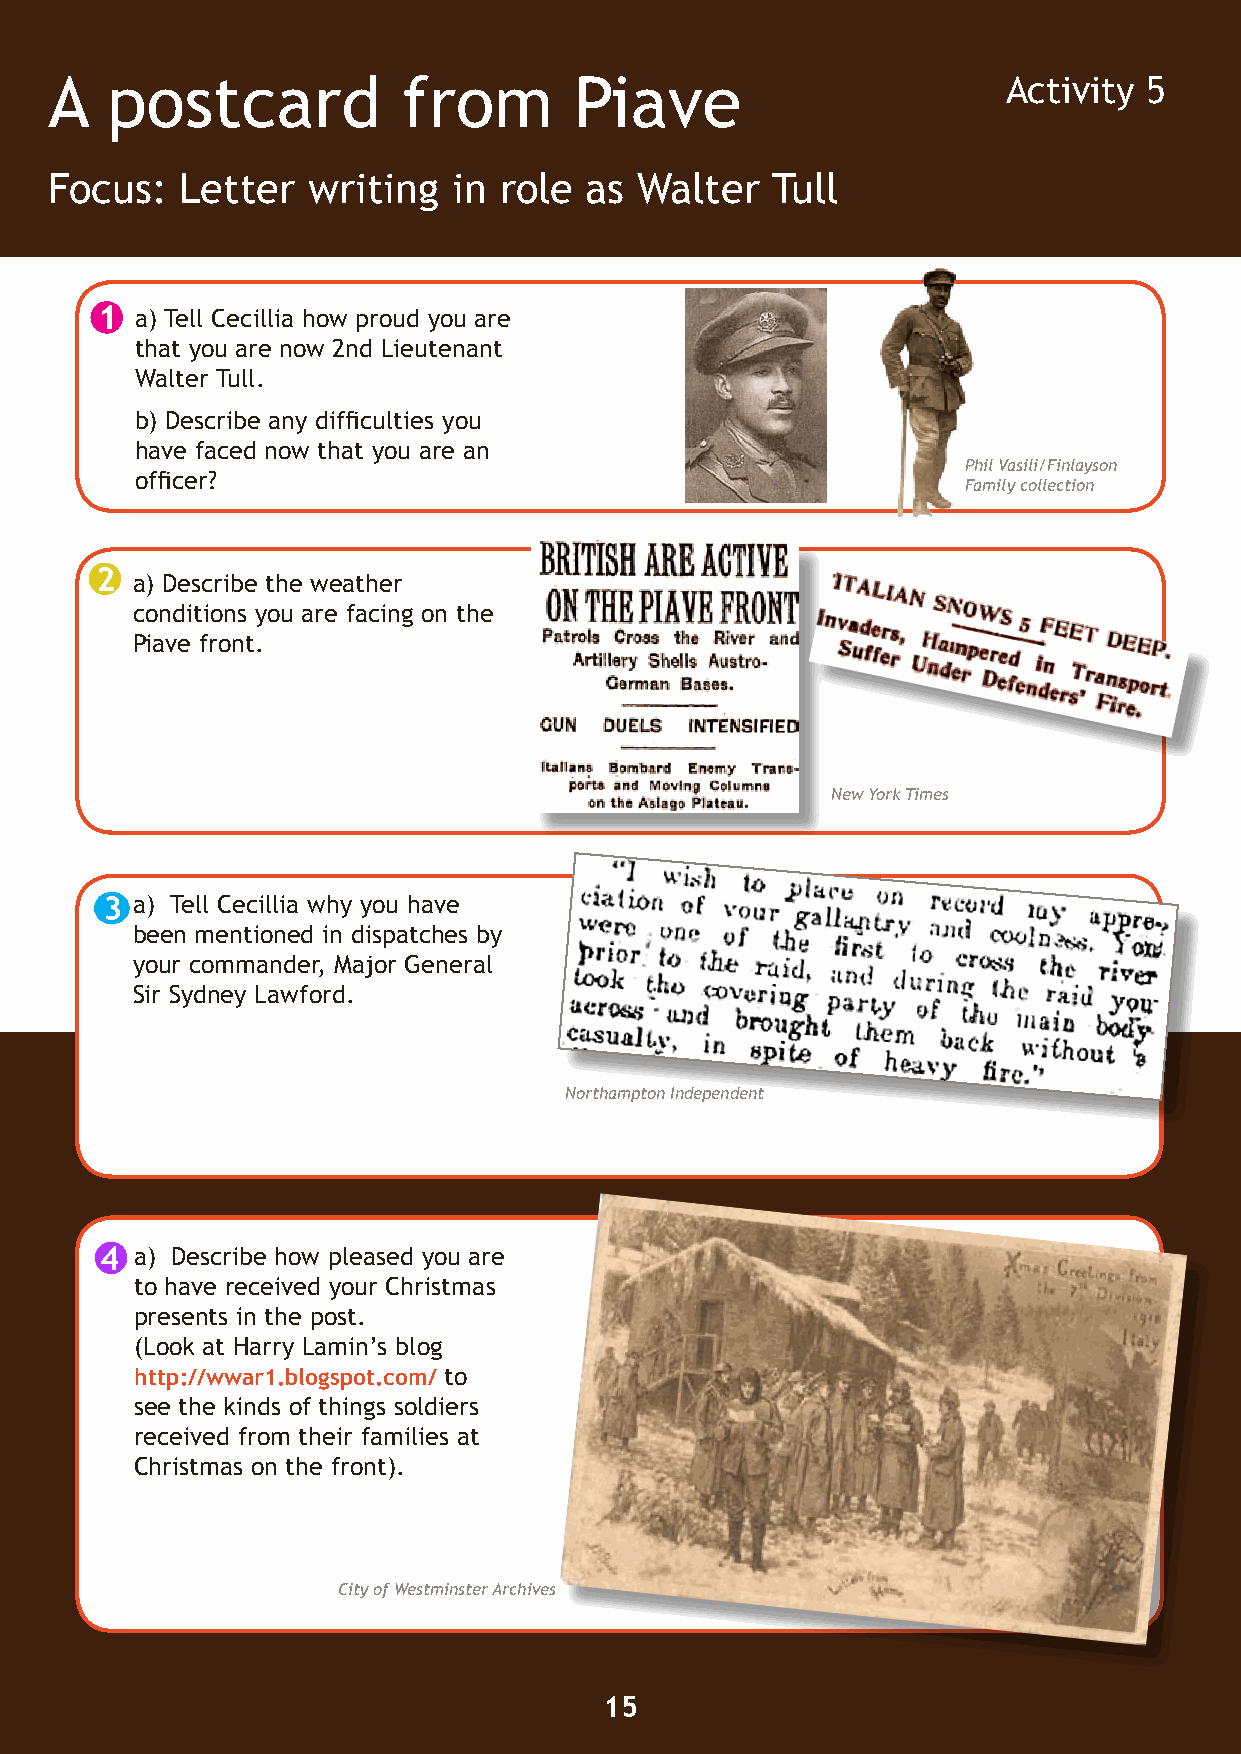
A   postcard            from       Piave                      AcAtcivtiivtyit y5 5
 2                    1
 Focus:   Letter  writing   in role  as Walter   Tull
 1  a) Tell Cecillia how proud you are
 that you are now 2nd Lieutenant
 Walter Tull.
 b) Describe any difficulties you
 have faced now that you are an
 Phil Vasili/Finlayson
 officer?
 Family collection
 2
 a) Describe the weather
 conditions you are facing on the
 Piave front.
 New York Times
 3 a) Tell Cecillia why you have
 4                      3
 been mentioned in dispatches by
 your commander, Major General
 Sir Sydney Lawford.
 Northampton Independent
 4 a) Describe how pleased you are
 to have received your Christmas
 presents in the post.
 (Look at Harry Lamin’s blog
 http://wwar1.blogspot.com/ to
 see the kinds of things soldiers
 received from their families at
 Christmas on the front).
 City of Westminster Archives
 15                                                                                16